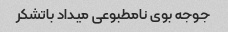
جوجه بوی نامطبوعی میداد باتشکر